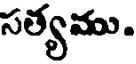
సత్యము.